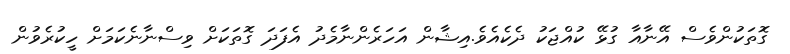
ގޮތަކުންވެސް އޭނާއާ ގުޅޭ ކުއްޖަކު ދެކެއެވެ.އިޝާން އަހަރެންނާމެދު އެފަދަ ގޮތަކަށް ވިސްނާނެކަމަށް ހީކުރެވުން